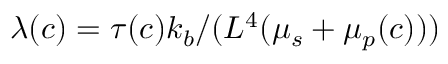
\lambda ( c ) = \tau ( c ) k _ { b } / ( L ^ { 4 } ( \mu _ { s } + \mu _ { p } ( c ) ) )